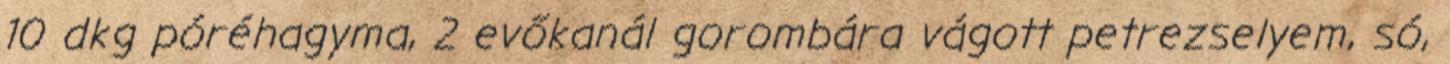
10 dkg póréhagyma, 2 evőkanál gorombára vágott petrezselyem, só,